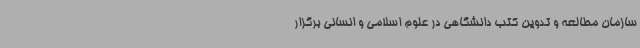
سازمان مطالعه و تدوین کتب دانشگاهی در علوم اسلامی و انسانی برگزار